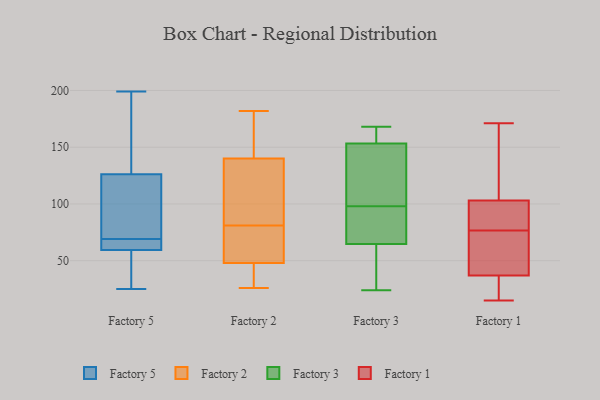
{"axis": {"x": "Inventory Turnover", "y": "Value"}, "legend": ["Factory 1", "Factory 2", "Factory 3", "Factory 5"], "data": [{"x": "", "y": 111, "type": "Factory 5"}, {"x": "", "y": 199, "type": "Factory 5"}, {"x": "", "y": 58, "type": "Factory 5"}, {"x": "", "y": 60, "type": "Factory 5"}, {"x": "", "y": 25, "type": "Factory 5"}, {"x": "", "y": 158, "type": "Factory 5"}, {"x": "", "y": 36, "type": "Factory 5"}, {"x": "", "y": 106, "type": "Factory 5"}, {"x": "", "y": 64, "type": "Factory 5"}, {"x": "", "y": 104, "type": "Factory 5"}, {"x": "", "y": 133, "type": "Factory 5"}, {"x": "", "y": 148, "type": "Factory 5"}, {"x": "", "y": 67, "type": "Factory 5"}, {"x": "", "y": 61, "type": "Factory 5"}, {"x": "", "y": 33, "type": "Factory 5"}, {"x": "", "y": 124, "type": "Factory 5"}, {"x": "", "y": 69, "type": "Factory 5"}, {"x": "", "y": 26, "type": "Factory 2"}, {"x": "", "y": 140, "type": "Factory 2"}, {"x": "", "y": 78, "type": "Factory 2"}, {"x": "", "y": 58, "type": "Factory 2"}, {"x": "", "y": 48, "type": "Factory 2"}, {"x": "", "y": 30, "type": "Factory 2"}, {"x": "", "y": 84, "type": "Factory 2"}, {"x": "", "y": 92, "type": "Factory 2"}, {"x": "", "y": 161, "type": "Factory 2"}, {"x": "", "y": 182, "type": "Factory 2"}, {"x": "", "y": 98, "type": "Factory 3"}, {"x": "", "y": 95, "type": "Factory 3"}, {"x": "", "y": 82, "type": "Factory 3"}, {"x": "", "y": 55, "type": "Factory 3"}, {"x": "", "y": 59, "type": "Factory 3"}, {"x": "", "y": 136, "type": "Factory 3"}, {"x": "", "y": 139, "type": "Factory 3"}, {"x": "", "y": 24, "type": "Factory 3"}, {"x": "", "y": 168, "type": "Factory 3"}, {"x": "", "y": 158, "type": "Factory 3"}, {"x": "", "y": 166, "type": "Factory 3"}, {"x": "", "y": 21, "type": "Factory 1"}, {"x": "", "y": 51, "type": "Factory 1"}, {"x": "", "y": 37, "type": "Factory 1"}, {"x": "", "y": 70, "type": "Factory 1"}, {"x": "", "y": 16, "type": "Factory 1"}, {"x": "", "y": 55, "type": "Factory 1"}, {"x": "", "y": 83, "type": "Factory 1"}, {"x": "", "y": 146, "type": "Factory 1"}, {"x": "", "y": 87, "type": "Factory 1"}, {"x": "", "y": 103, "type": "Factory 1"}, {"x": "", "y": 93, "type": "Factory 1"}, {"x": "", "y": 133, "type": "Factory 1"}, {"x": "", "y": 171, "type": "Factory 1"}, {"x": "", "y": 15, "type": "Factory 1"}]}